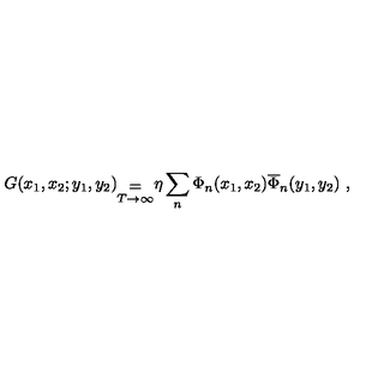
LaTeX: G ( x _ { 1 } , x _ { 2 } ; y _ { 1 } , y _ { 2 } ) _ { \stackrel { { \displaystyle = } } { T \rightarrow \infty } } \eta \sum _ { n } \Phi _ { n } ( x _ { 1 } , x _ { 2 } ) \overline { \Phi } _ { n } ( y _ { 1 } , y _ { 2 } ) \ ,